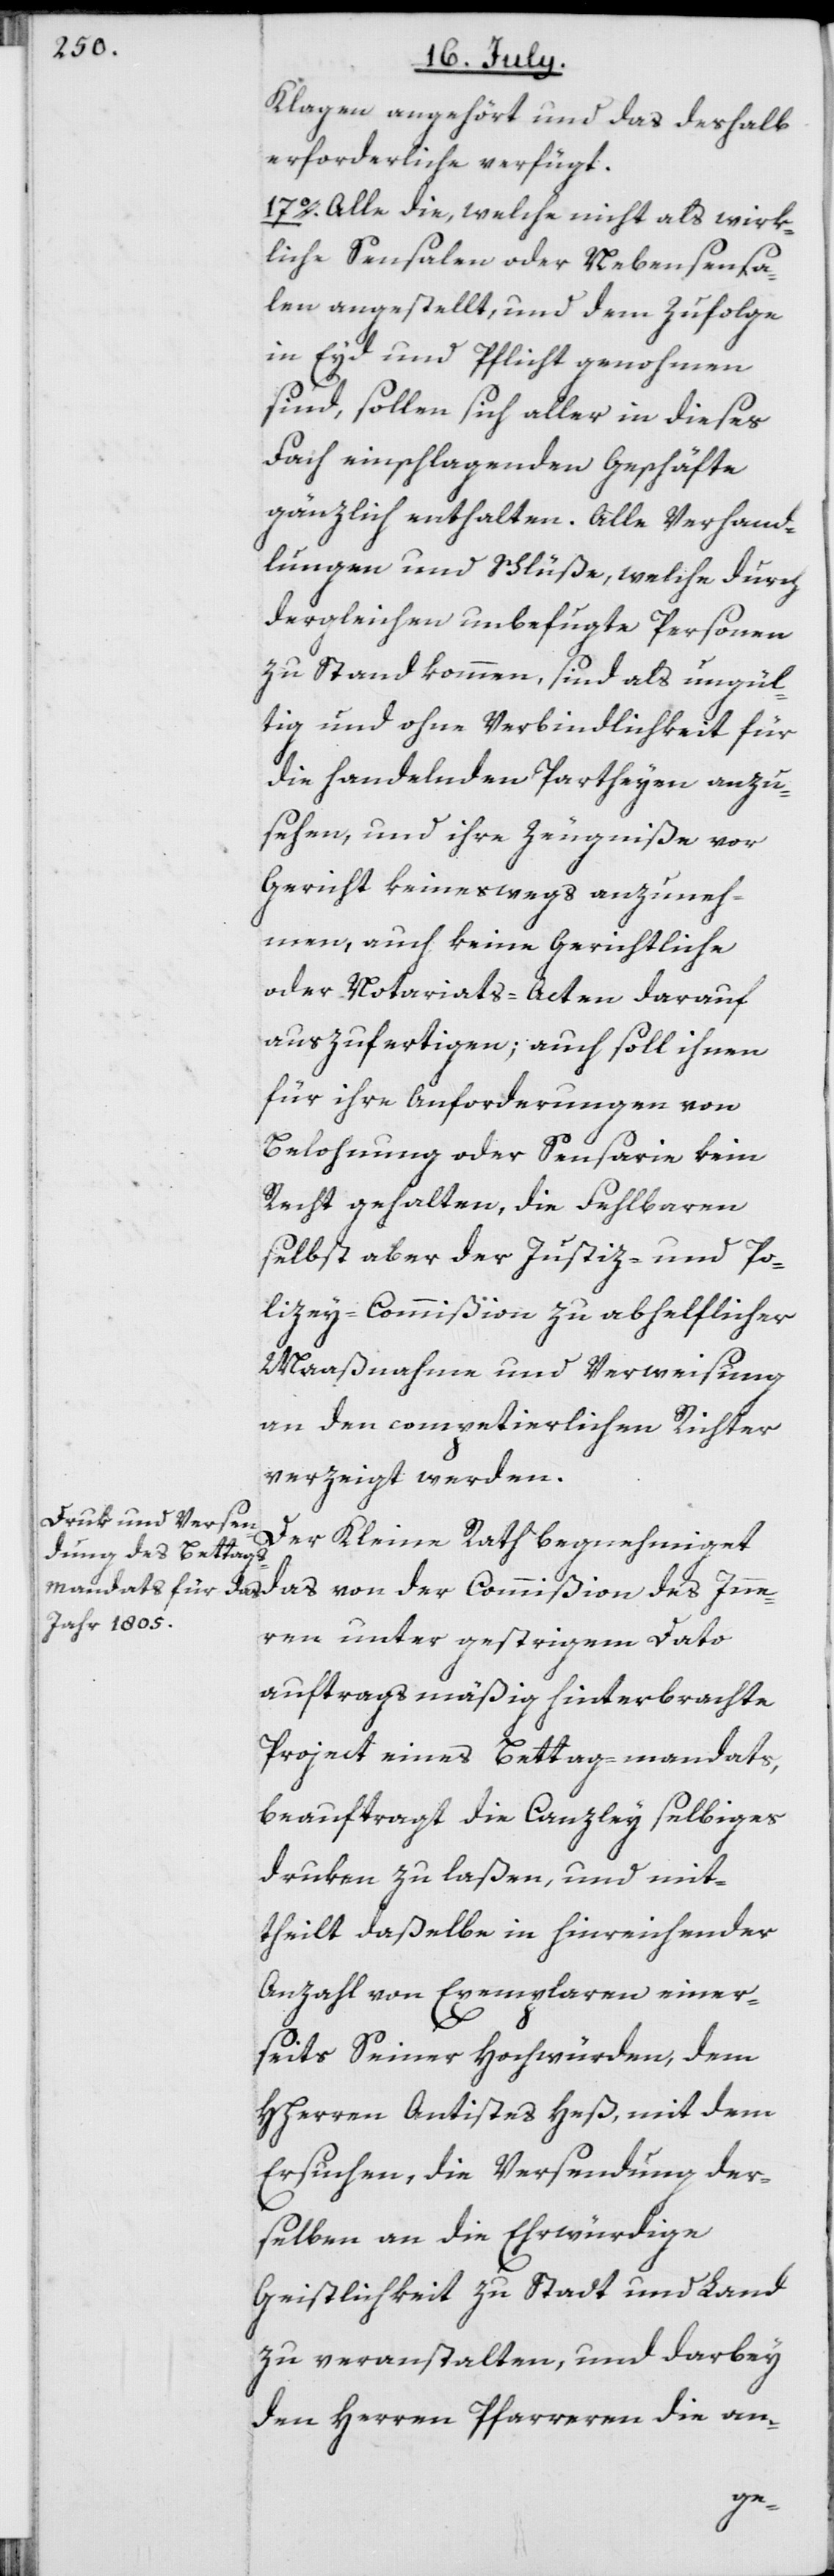
Klagen angehört und das deshalb
erforderliche verfügt.
17o. Alle die, welche nicht als wirk¬
liche Sensalen oder Nebensensa¬
len angestellt, und dem Zufolge
in Eyd und Pflicht genohmen
sind, sollen sich aller in dieses
Fach einschlagenden Geschäfte
gänzlich enthalten. Alle Verhand¬
lungen und Schlüße, welche durch
dergleichen unbefugte Personen
zu Stand kommen, sind als ungül¬
tig und ohne Verbindlichkeit für
die handelnden Partheyen anzu¬
sehen, und ihre Zeugniße vor
Gericht keineswegs anzuneh¬
men, auch keine Gerichtliche
oder Notariats-Acten darauf
auszufertigen; auch soll ihnen
für ihre Anforderungen von
Belohnung oder Sensarie kein
Recht gehalten, die Fehlbaren
selbst aber der Justiz- und Po¬
lizey-Commißion zu abhelflicher
Maaßnahme und Verweisung
an den competierlichen Richter
verzeigt werden.
Der Kleine Rath begnehmiget
das von der Commißion des Inne¬
ren unter gestrigem Dato
auftragsmäßig hinterbrachte
Project eines Bettag-mandats,
beauftragt die Canzley selbiges
druken zu laßen, und mit¬
theilt daßelbe in hinreichender
Anzahl von Exemplaren einer¬
seits Seiner Hochwürden, dem
HHerren Antistes Heß, mit dem
Ersuchen, die Versendung der¬
selben an die Ehrwürdige
Geistlichkeit zu Stadt und Land
zu veranstalten, und darbey
den Herren Pfarreren die an-